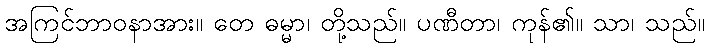
အကြင်ဘာဝနာအား။ တေ ဓမ္မာ၊ တို့သည်။ ပဏီတာ၊ ကုန်၏။ သာ၊ သည်။